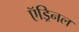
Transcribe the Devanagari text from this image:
ऍड्रिनल